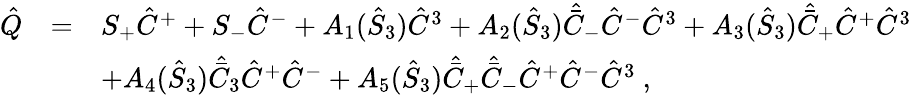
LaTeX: \begin{array}{rcl}{{\hat{Q}}}&{{=}}&{{S_{+}\hat{C}^{+}+S_{-}\hat{C}^{-}+A_{1}(\hat{S}_{3})\hat{C}^{3}+A_{2}(\hat{S}_{3})\hat{\bar{C}}_{-}\hat{C}^{-}\hat{C}^{3}+A_{3}(\hat{S}_{3})\hat{\bar{C}}_{+}\hat{C}^{+}\hat{C}^{3}}}\\ {{}}&{{}}&{{+A_{4}(\hat{S}_{3})\hat{\bar{C}}_{3}\hat{C}^{+}\hat{C}^{-}+A_{5}(\hat{S}_{3})\hat{\bar{C}}_{+}\hat{\bar{C}}_{-}\hat{C}^{+}\hat{C}^{-}\hat{C}^{3}{}~,}}\end{array}